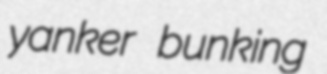
yanker bunking